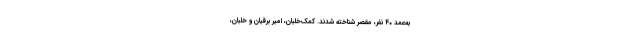
به‌عمد ۴۰ نفر، مقصر شناخته شدند. کمک‌خلبان، امیر برقیان و خلبان،